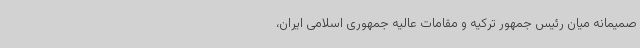
صمیمانه میان رئیس جمهور ترکیه و مقامات عالیه جمهوری اسلامی ایران،